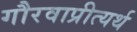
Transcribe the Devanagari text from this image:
गौरवाप्रीत्यर्थ